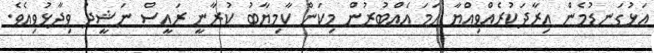
އަޅުގަނޑުމެން އިރާދަކުރެއްވިއްޔާ ހަމަ އެއްބުރުން މިކަން ކާމިޔާބު ކުރާނީ ރައީސް ނަޝީދު ވިދާޅުވިއެވެ.